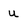
Character: u